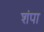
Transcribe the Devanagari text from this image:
शंपा